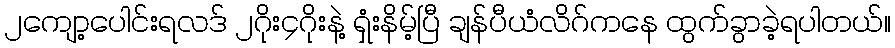
၂ကျော့ပေါင်းရလဒ် ၂ဂိုး၄ဂိုးနဲ့ ရှံးနိမ့်ပြီ ချန်ပီယံလိဂ်ကနေ ထွက်ခွာခဲ့ရပါတယ်။